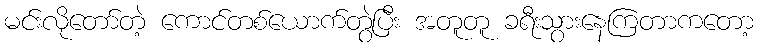
မင်းလိုတော်တဲ့ ကောင်တစ်ယောက်တွဲပြီး အတူတူ ခရီးသွားနေကြတာကတော့